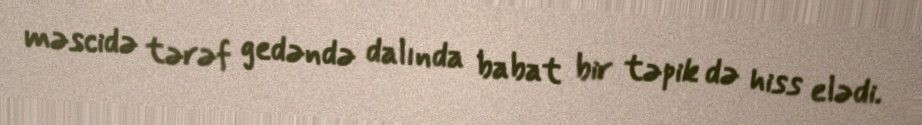
məscidə tərəf gedəndə dalında babat bir təpik də hiss elədi.